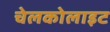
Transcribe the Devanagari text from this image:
चेलकोलाइट